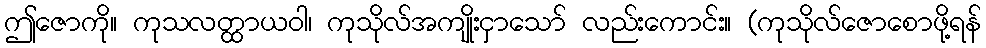
ဤဇောကို။ ကုသလတ္ထာယဝါ၊ ကုသိုလ်အကျိုးငှာသော် လည်းကောင်း။ (ကုသိုလ်ဇောစောဖို့ရန်